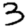
Digit: 3